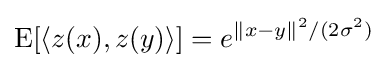
\operatorname {E} [\langle z(x),z(y)\rangle ]=e^{\|x-y\|^{2}/(2\sigma ^{2})}